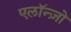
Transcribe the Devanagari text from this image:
एलॉन्ज़ो